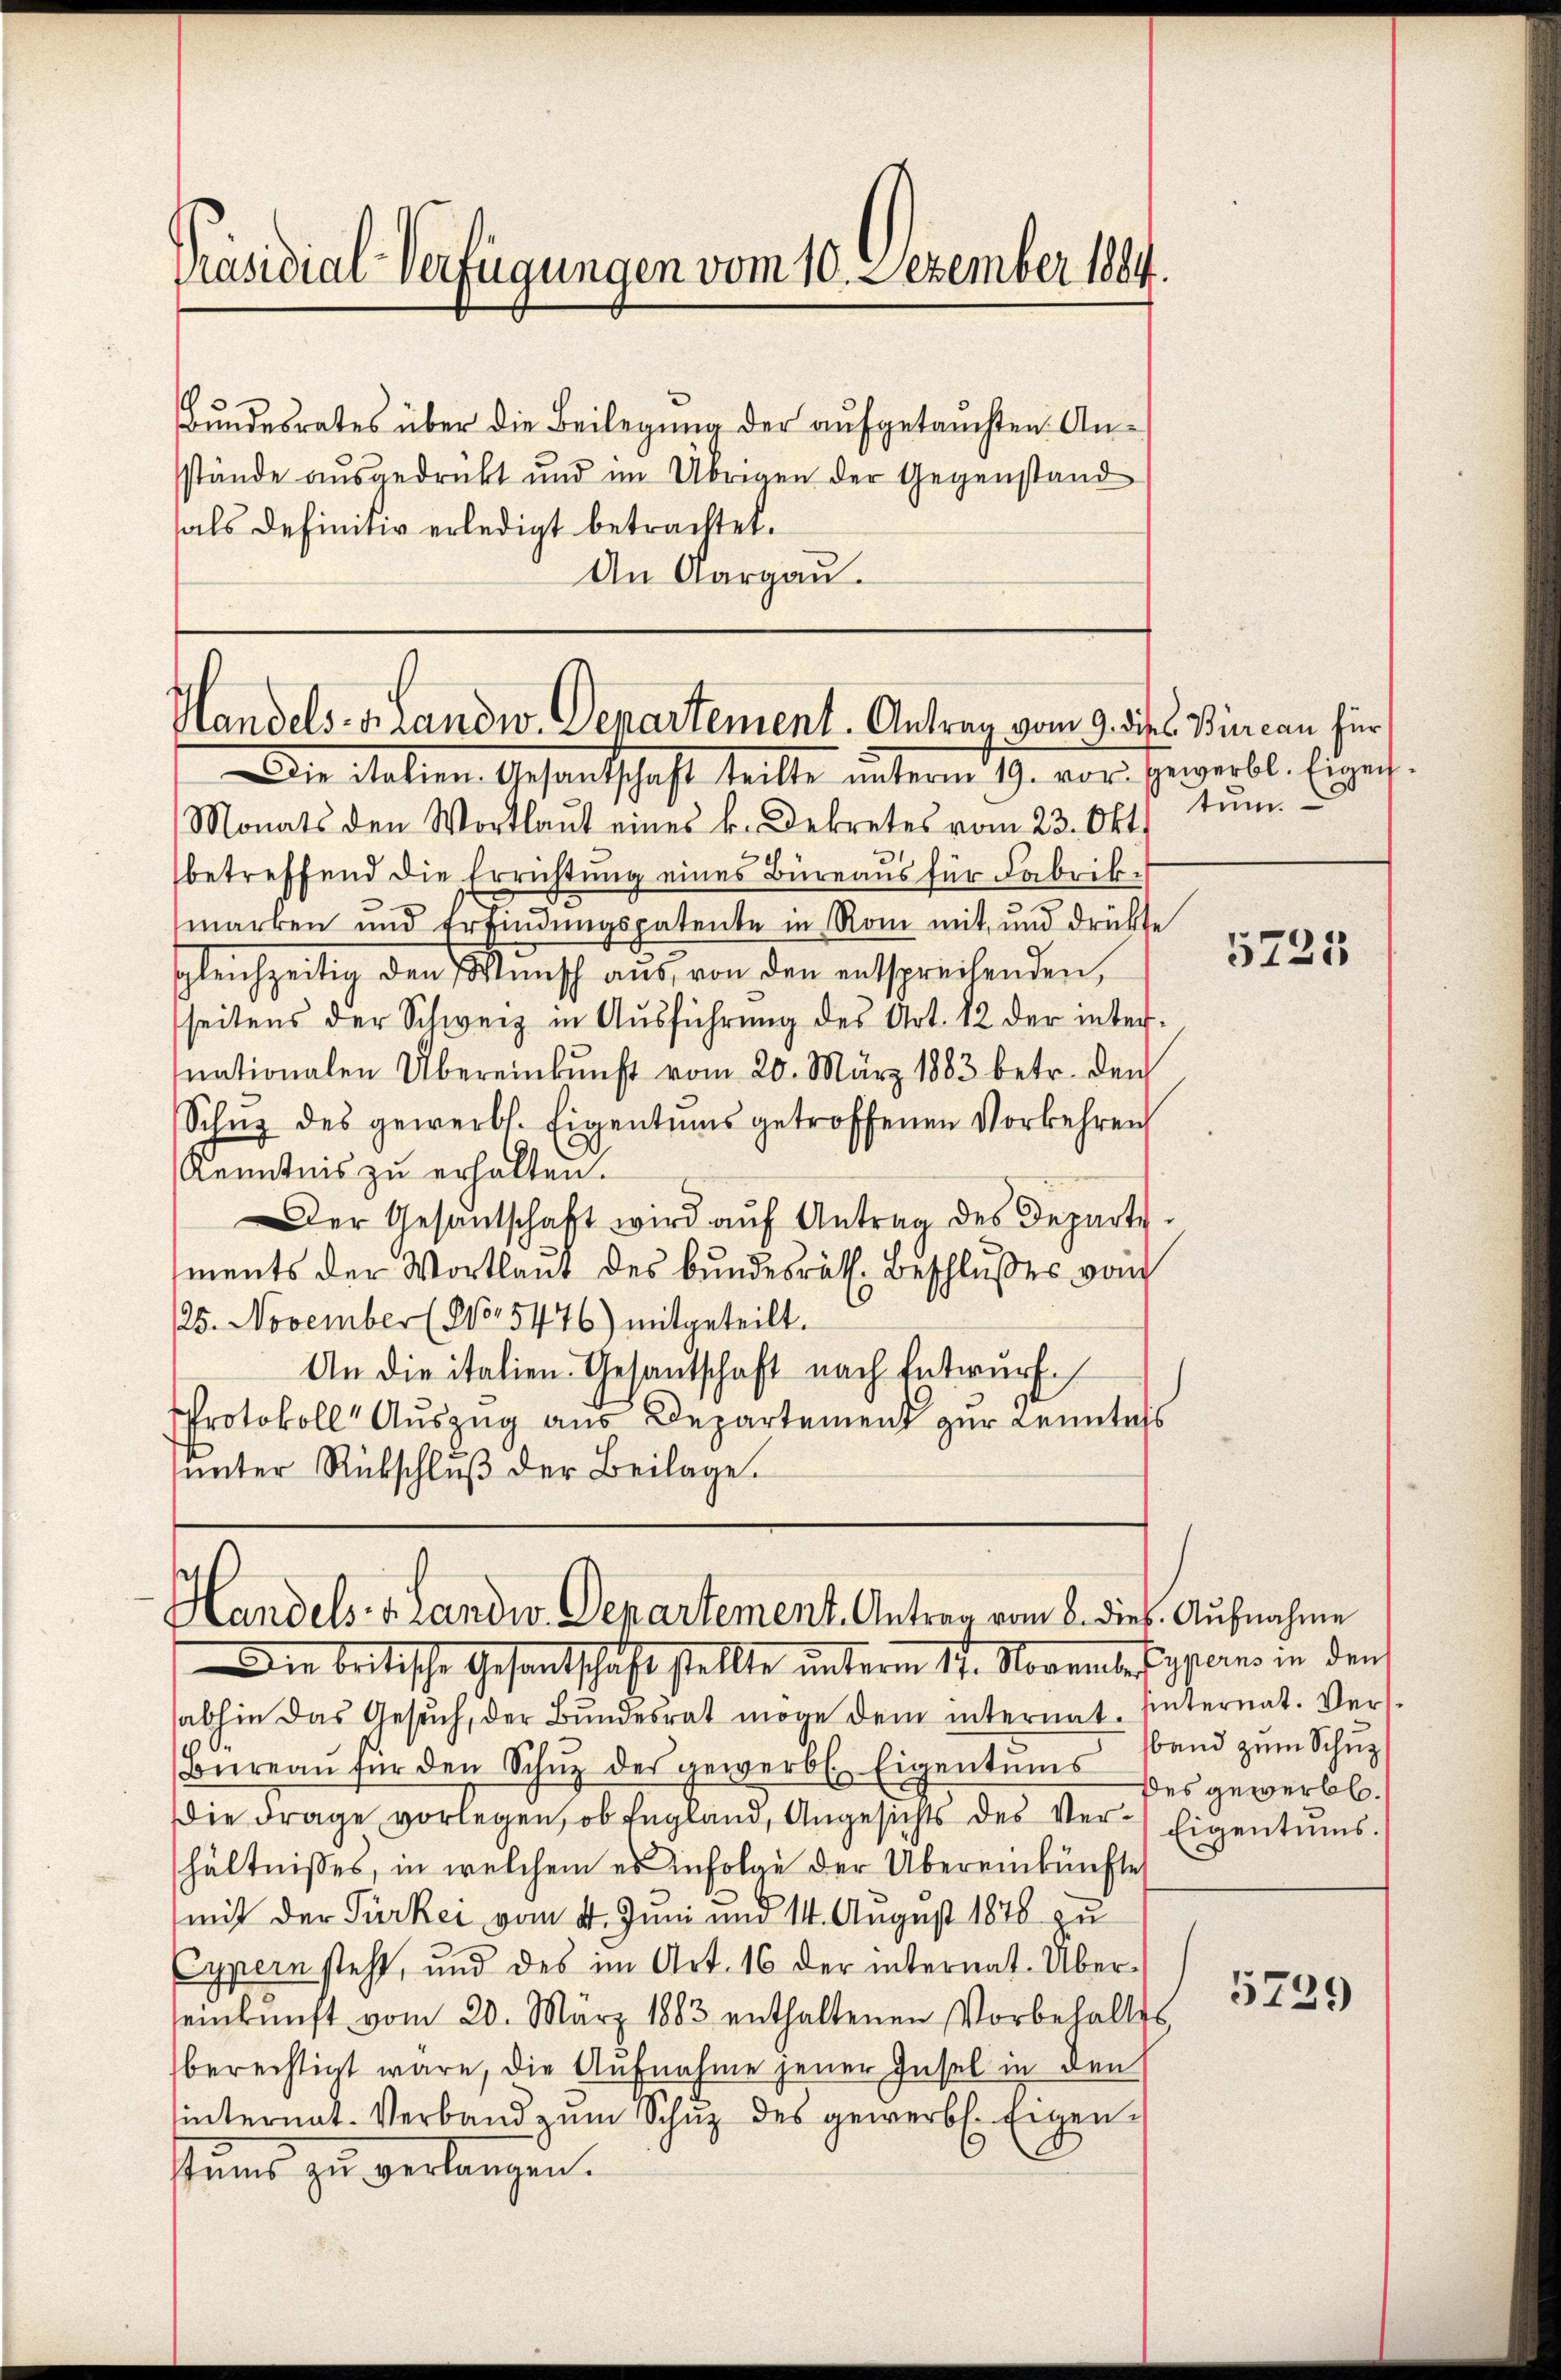
Präsidial-Verfügungen vom 10. Dezember 1884.

Bundesrates über die Beilegung der aufgetauchten Anstände ausgedrückt und im Übrigen der Gegenstand
fals Definitiv erledigt betrachtet.
An Aargau.

Handels- & Landw. Departement. Antrag vom 9. Die l. Bureau für
Die Salien Gesandtschaft teilte unterm 19. vor Erwerbl. Eigen.

Monats den Wortlaut eines k. Dekretes vom 23. Okt.
betreffend die Errichtung eines Büreaus für Fabrikmarken und Erfindungspatente in Rom mit und drückte
sgleichzeitig den Wunsch aus von den entsprechenden,
seitens der Schweiz in Aŭsführung des Art. 12 der inter-
nationalen Übereinkunft vom 20. März 1883 betr. den
Schŭg des gewerbs. Eigentums getroffenen Vorkehren
Kenntnis zu erhalten.
Der Gesandschaft wird aŭf Antrag des Departe.
ments der Wortlaut des Bundesräth. Beschlußes vom
125. November (15476) mitgeteilt.
An die italien Gesantschaft nach Entwurf
Protokoll Auszug aus Departement zur Kenntnis
ŭnter Rückschlŭβ der Beilage.

Handels-Brandw. Departement. Antrag vom 6. dieß. Aufnahme
Die britische Gesandtschaft stellte unterm 17. November J. an in den

abhin das Gesŭch, der Bŭndesrat möge dem internat. Internat. Ver-
Büreaŭ für den Schŭz des gewerbt. Eigentums des gewerbl.
Die Frage vorlegen, ob England, Angesichts des Ver- Eigentums.
hältnisses, in welchem es infolge der Übereinkünfte
mit der Türkei vom 4. Juni und 14. August 1870 zu
Pypern steht, und des im Art. 16 der internat. Über-
einkunft vom 20. März 1883 enthaltenen Vorbehaltes
berechtigt wäre, die Aufnahme jener Insel in den
hinternat. Verband zum Schuz des gewerb. Eigenstums zu verlangen.

tum.

5225

sband zum Schuz

5739